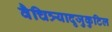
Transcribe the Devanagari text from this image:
वैचित्र्यादृजुकुटिल